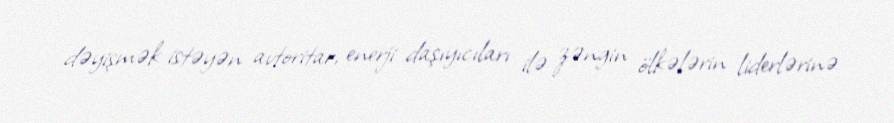
dəyişmək istəyən avtoritar, enerji daşıyıcıları ilə zəngin ölkələrin liderlərinə